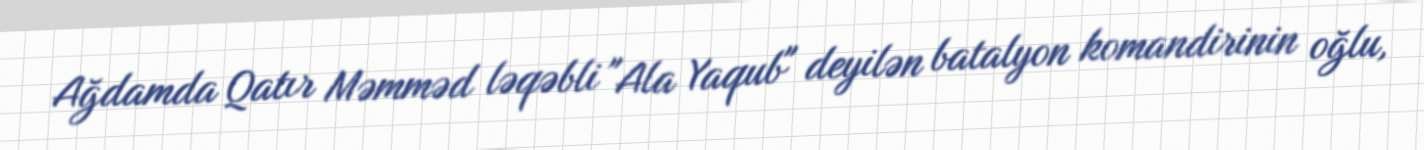
Ağdamda Qatır Məmməd ləqəbli "Ala Yaqub" deyilən batalyon komandirinin oğlu,